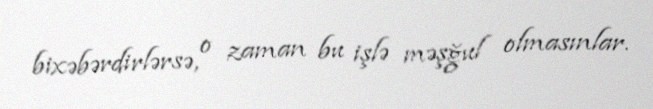
bixəbərdirlərsə, o zaman bu işlə məşğul olmasınlar.